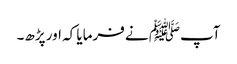
آپﷺ نے فرمایا کہ اور پڑھ۔